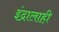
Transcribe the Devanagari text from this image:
इंद्रालाही